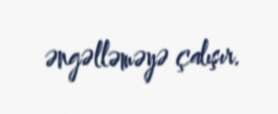
əngəlləməyə çalışır.